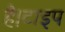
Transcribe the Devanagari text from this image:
है।टाइप